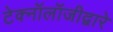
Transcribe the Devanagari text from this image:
टेक्‍नॉलॉजीद्वारे